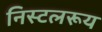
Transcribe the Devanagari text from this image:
निस्टलरूय